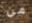
من